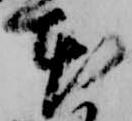
本